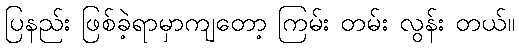
ပြနည်း ဖြစ်ခဲ့ရာမှာကျတော့ ကြမ်း တမ်း လွန်း တယ်။